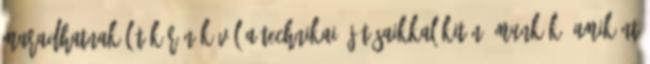
maradhatnak látókörön kívül a technikai újításaikkal kitűnő munkák, amiként